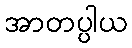
အာတပ္ပါယ